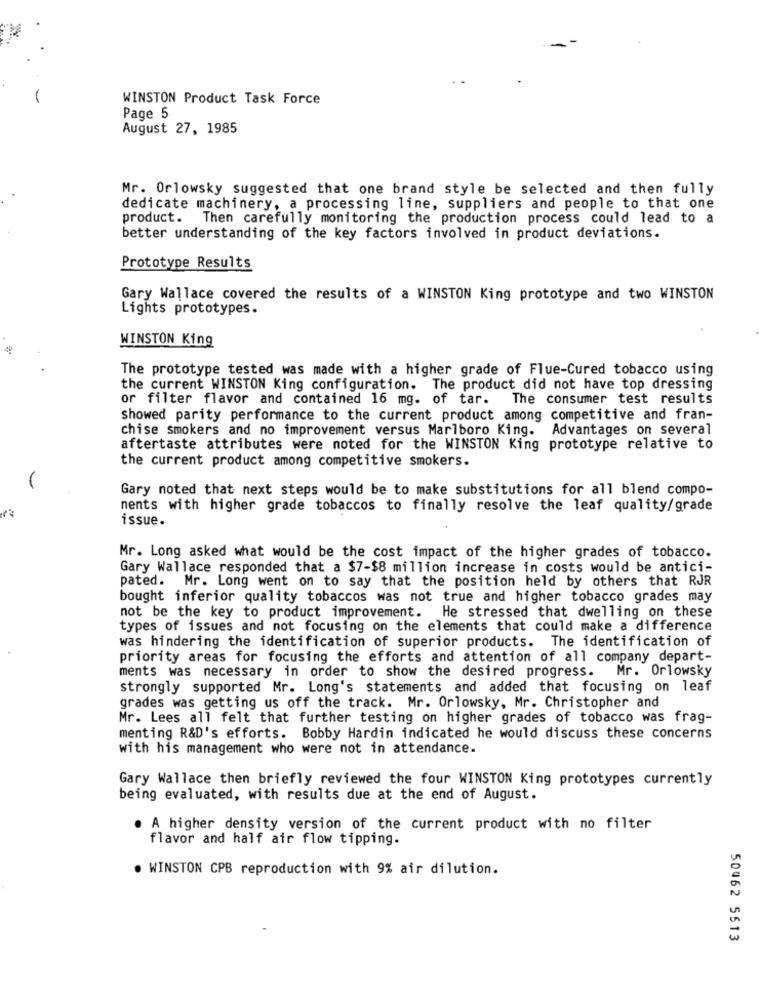
WINSTON Product Task Force
Page 5
August 27, 1985
Mr. Orlowsky suggested that one brand style be selected and then fully
dedicate machinery, a processing line, suppliers and people to that one
product. Then carefully monitoring the production process could lead to a
better understanding of the key factors involved in product deviations.
Prototype Results
Gary Wallace covered the results of a WINSTON King prototype and two WINSTON
Lights prototypes.
WINSTON King
The prototype tested was made with a higher grade of Flue-Cured tobacco using
the current WINSTON King configuration. The product did not have top dressing
or filter flavor and contained 16 mg. of tar. The consumer test results
showed parity performance to the current product among competitive and fran-
chise smokers and no improvement versus Marlboro King. Advantages on several
aftertaste attributes were noted for the WINSTON King prototype relative to
the current product among competitive smokers.
Gary noted that next steps would be to make substitutions for all blend compo-
nents with higher grade tobaccos to finally resolve the leaf quality/grade
issue.
Mr. Long asked what would be the cost impact of the higher grades of tobacco.
Gary Wallace responded that a $7-$8 million increase in costs would be antici-
pated. Mr. Long went on to say that the position held by others that RJR
bought inferior quality tobaccos was not true and higher tobacco grades may
not be the key to product improvement. He stressed that dwelling on these
types of issues and not focusing on the elements that could make a difference
was hindering the identification of superior products. The identification of
priority areas for focusing the efforts and attention of all company depart-
ments was necessary in order to show the desired progress. Mr. Orlowsky
strongly supported Mr. Long's statements and added that focusing on leaf
grades was getting us off the track. Mr. Orlowsky, Mr. Christopher and
Mr. Lees all felt that further testing on higher grades of tobacco was frag-
menting R&D's efforts. Bobby Hardin indicated he would discuss these concerns
with his management who were not in attendance.
Gary Wallace then briefly reviewed the four WINSTON King prototypes currently
being evaluated, with results due at the end of August.
A higher density version of the current product with no filter
flavor and half air flow tipping.
. WINSTON CPB reproduction with 9% air dilution.
50462 5513